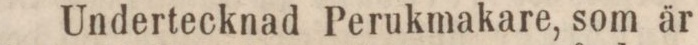
Undertecknad Perukmakare, som är